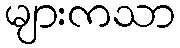
များကသာ